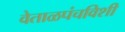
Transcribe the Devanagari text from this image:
वेताळपंचविशी